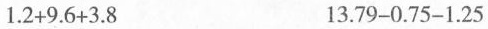
1.2+9.6+3.8 13.79-0.75-1.25